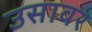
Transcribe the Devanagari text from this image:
उसावर